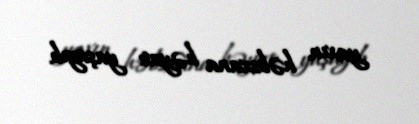
yaxın həbsxana həyatı yaşayıb.